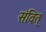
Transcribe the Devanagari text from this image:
संवित्